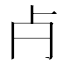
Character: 𣦵